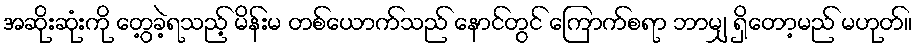
အဆိုးဆုံးကို တွေ့ခဲ့ရသည့် မိန်းမ တစ်ယောက်သည် နောင်တွင် ကြောက်စရာ ဘာမျှ ရှိတော့မည် မဟုတ်။